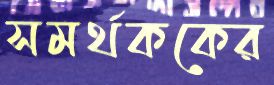
সমর্থককের